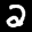
Label: 2